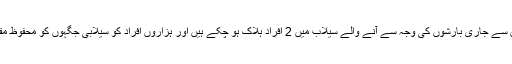
یوراگوئے میں حالیہ چند ہفتوں سے جاری بارشوں کی وجہ سے آنے والے سیلاب میں 2 افراد ہلاک ہو چکے ہیں اور ہزاروں افراد کو سیلابی جگہوں کو محفوظ مقامات پر منتقل کر دیا گیا ہے۔